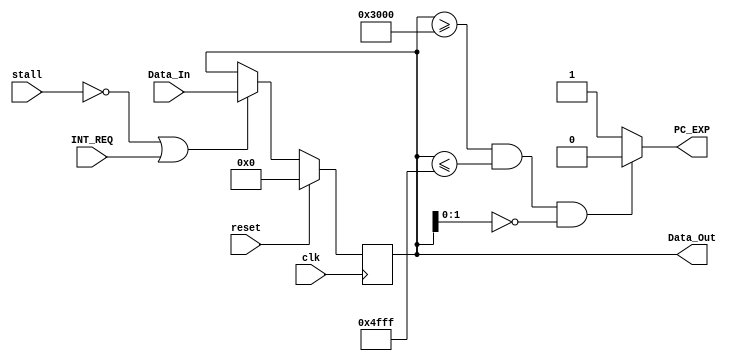
`timescale 1ns / 1ps
//////////////////////////////////////////////////////////////////////////////////
// Company: 
// Engineer: 
// 
// Design Name: 
// Module Name:    regfilepc 
// Project Name: 
// Target Devices: 
// Tool versions: 
// Description: 
//
// Dependencies: 
//
// Revision: 
// Revision 0.01 - File Created
// Additional Comments: 
//
//////////////////////////////////////////////////////////////////////////////////
module regfilepc #(parameter WIDTH = 8)(
	input clk,
	input reset,
	input stall,
	input [WIDTH-1:0] Data_In,
	output reg [WIDTH-1:0] Data_Out,
	output PC_EXP,
	input  INT_REQ
    );
	
	assign PC_EXP = ((Data_Out >= 32'h0000_3000) && (Data_Out <= 32'h0000_4fff) && Data_Out[1:0] == 2'b0) ? 1'b0 :
																																			  1'b1 ;
	
	initial begin
		Data_Out <=  32'h0000_3000;
	end
	
	always @ (posedge clk)
		if(reset) begin
			Data_Out <=  32'h0000_3000;
		end	
		else if(stall == 0 || INT_REQ) begin
			Data_Out <=  Data_In;
		end
endmodule